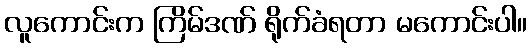
လူကောင်းက ကြိမ်ဒဏ် ရိုက်ခံရတာ မကောင်းပါ။